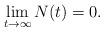
LaTeX: \begin{align*}\lim_{t\to\infty} N(t)=0.\end{align*}